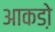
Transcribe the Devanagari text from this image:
आकडो़